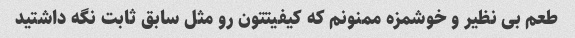
طعم بی نظیر و خوشمزه ممنونم که کیفیتتون رو مثل سابق ثابت نگه داشتید